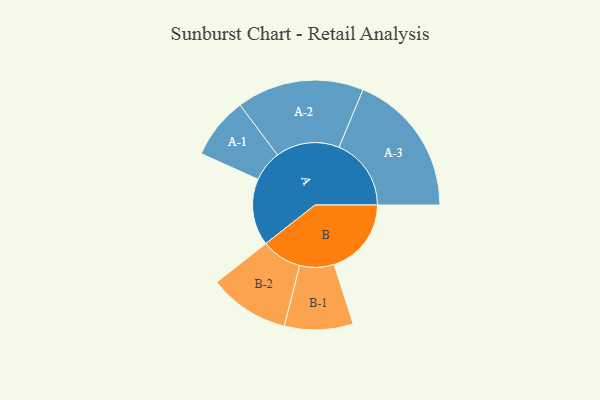
{"axis": {"x": "Segment", "y": "Value"}, "legend": ["", "A", "B"], "data": [{"x": "A", "y": 275, "type": ""}, {"x": "B", "y": 318, "type": ""}, {"x": "A-1", "y": 127, "type": "A"}, {"x": "A-2", "y": 262, "type": "A"}, {"x": "A-3", "y": 297, "type": "A"}, {"x": "B-1", "y": 141, "type": "B"}, {"x": "B-2", "y": 166, "type": "B"}]}